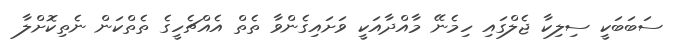
ސަބަބަކީ ސިލިކާ ޖެލްގައި ހިމެނޭ މާއްދާއަކީ ވަށައިގެންވާ ތެތް އެއްޗެހީގެ ތެތްކަން ނެތިކޮށްލާ